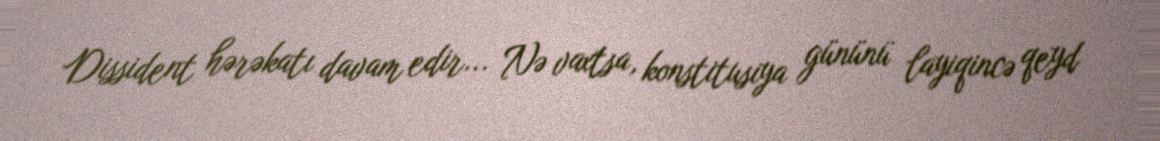
Dissident hərəkatı davam edir... Nə vaxtsa, konstitusiya gününü layiqincə qeyd